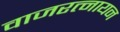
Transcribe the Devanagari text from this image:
वाजरत्नायन